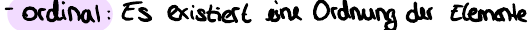
- ordinal: Es existiert eine Ordnung der Elemente